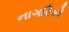
નાગરિકો